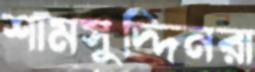
শামসুদ্দিনরা